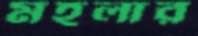
মহলার